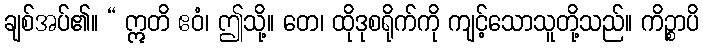
ချစ်အပ်၏။ “ ဣတိ ဧဝံ၊ ဤသို့။ တေ၊ ထိုဒုစရိုက်ကို ကျင့်သောသူတို့သည်။ ကိဉ္စာပိ